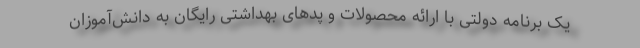
یک برنامه دولتی با ارائه محصولات و پدهای بهداشتی رایگان به دانش‌آموزان